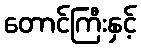
တောင်ကြီးနှင့်